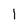
Character: 1